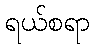
ရယ်စရာ